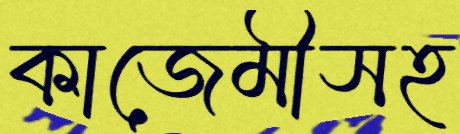
কাজেমীসহ